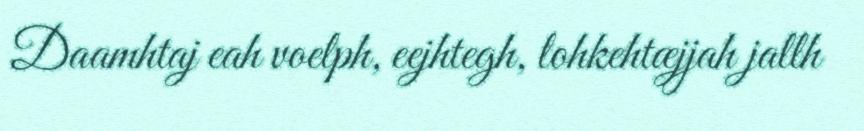
Daamhtaj eah voelph, eejhtegh, lohkehtæjjah jallh